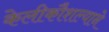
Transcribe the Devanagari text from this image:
केलीकौशल्याने